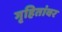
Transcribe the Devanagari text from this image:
गृहितांवर